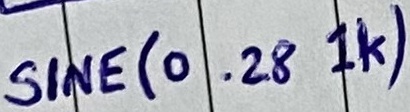
Text: SINE(0 .28 1K)